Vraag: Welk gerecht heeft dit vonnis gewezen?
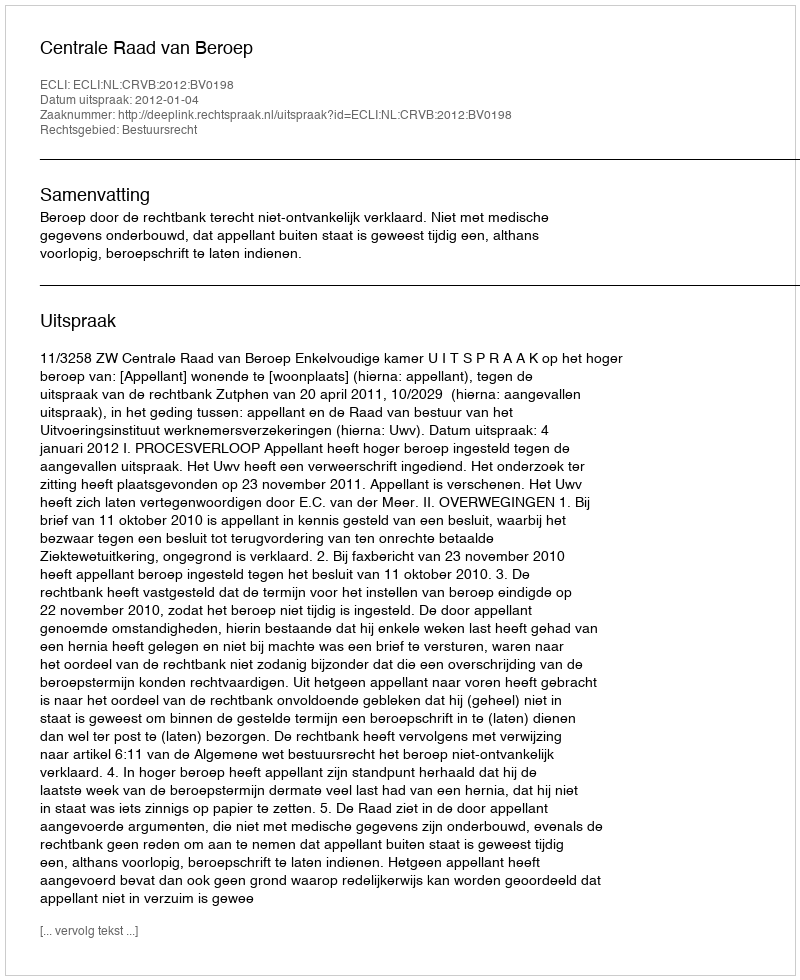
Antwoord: Centrale Raad van Beroep